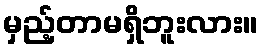
မှည့်တာမရှိဘူးလား။